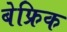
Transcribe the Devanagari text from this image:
बेफ्रिक